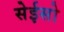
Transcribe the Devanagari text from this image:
सेईसो